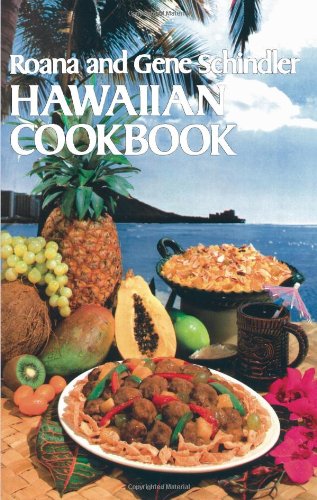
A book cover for Hawaiian Cookbook; Roana and Gene Schindler; Cookbooks, Food & Wine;